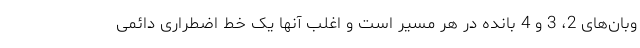
وبان‌های 2، 3 و 4 بانده در هر مسیر است و اغلب آنها یک خط اضطراری دائمی